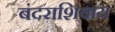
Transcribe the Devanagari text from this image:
बंदराशिवाय